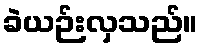
ခဲယဉ်းလှသည်။